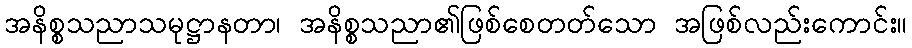
အနိစ္စသညာသမုဋ္ဌာနတာ၊ အနိစ္စသညာ၏ဖြစ်စေတတ်သော အဖြစ်လည်းကောင်း။